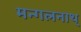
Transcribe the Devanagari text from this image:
मन्गलनाथ्